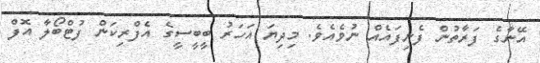
އޭނާގެ ފަރާތުން ފެނިފައެއް ނުވެއެވެ. މިދިޔަ އަހަރު ބީބީސީގެ އެފްރިކަން ފުޓްބޯލާ އޮފް